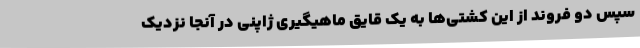
سپس دو فروند از این کشتی‌ها به یک قایق ماهیگیری ژاپنی در آنجا نزدیک